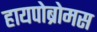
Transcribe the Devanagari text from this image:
हायपोब्रोमस